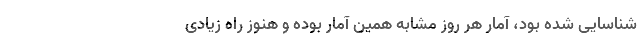
شناسایی شده بود، آمار هر روز مشابه همین آمار بوده و هنوز راه زیادی